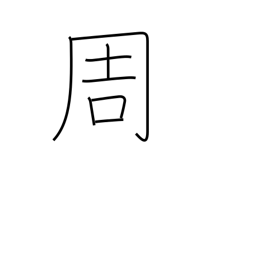
Meaning: circuit